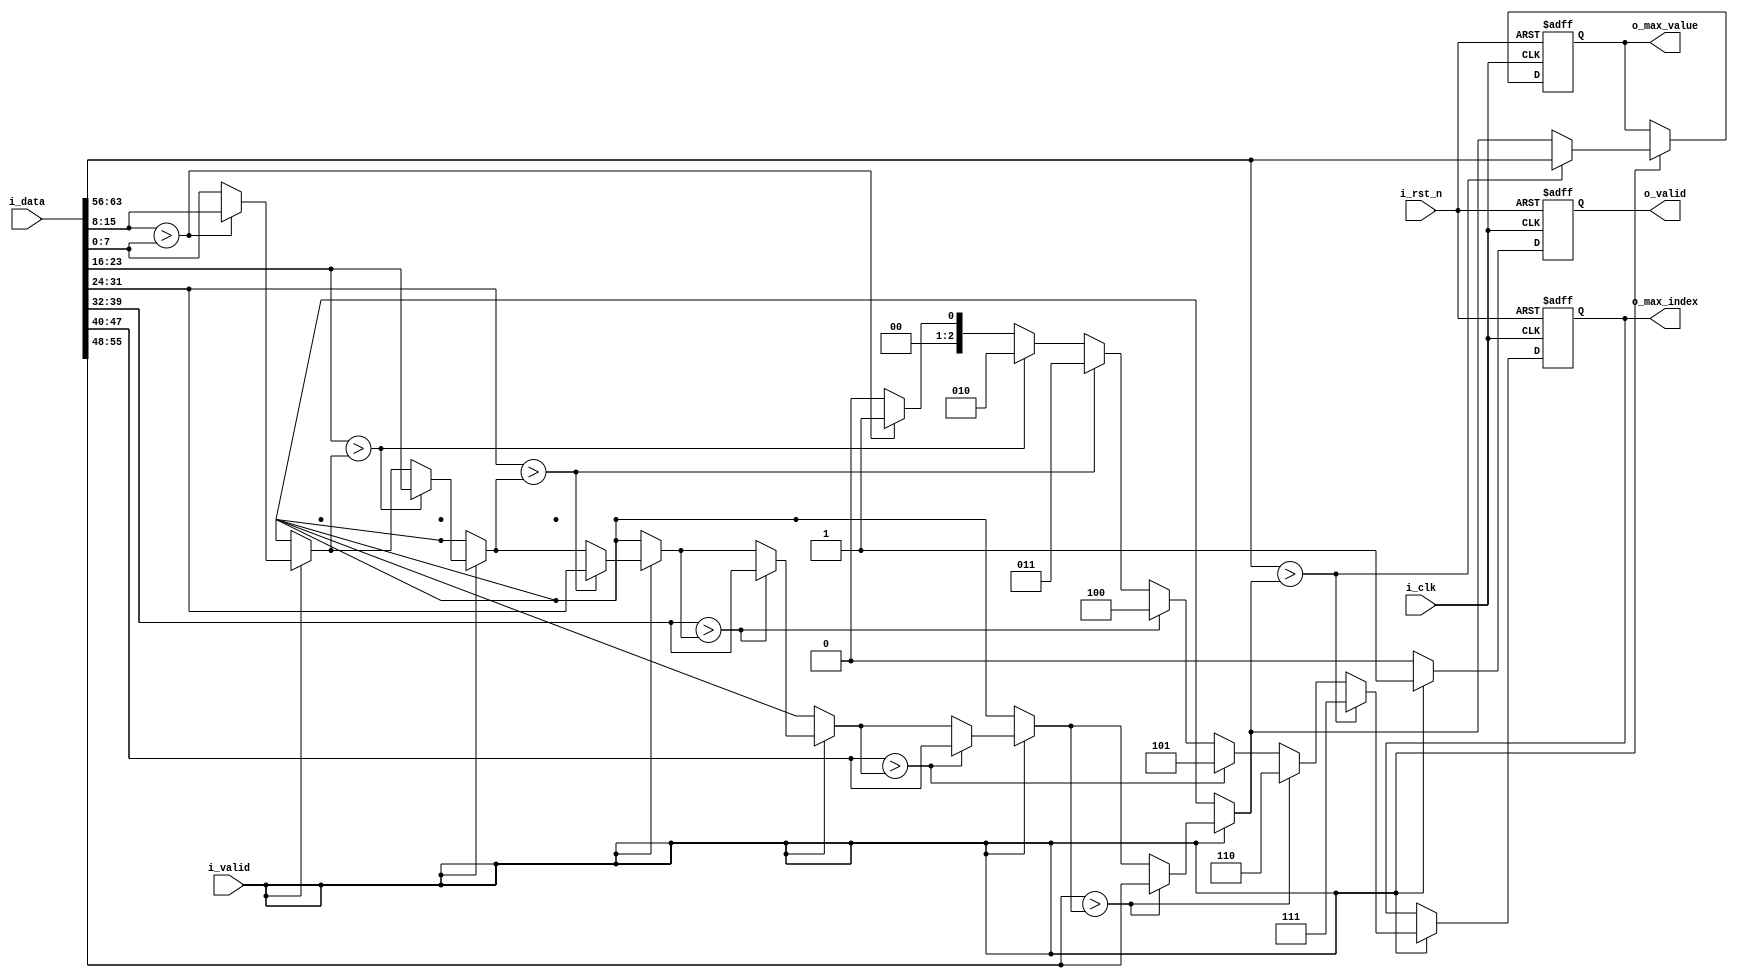
`timescale 1ns / 1ps
//////////////////////////////////////////////////////////////////////////////////
// Company: 
// 
// Design Name: 
// Module Name: find_max_value
// Project Name: 
// Target Devices: 
// Tool Versions: 
// Description: 
// 
// Dependencies: 
// 
// Revision:
// Revision 0.01 - File Created
// Additional Comments:
// 
//////////////////////////////////////////////////////////////////////////////////


module find_max_value #(
    parameter P_DATA_WIDTH = 8,
    parameter P_DATA_NUM   = 8
)
(
    input                                   i_clk       ,
    input                                   i_rst_n     ,
    input  [P_DATA_WIDTH*P_DATA_NUM-1:0]    i_data      ,
    input                                   i_valid     ,
    output reg                              o_valid     ,
    output reg [P_DATA_WIDTH-1:0]           o_max_value ,
    output reg [$clog2(P_DATA_NUM)-1:0]     o_max_index   // 
);

// Intermediate variables
integer i;
reg [P_DATA_WIDTH-1:0] current_value;
reg [P_DATA_WIDTH-1:0] max_value;
reg [$clog2(P_DATA_NUM)-1:0] max_index;  // 

always @(posedge i_clk or negedge i_rst_n) begin
    if (!i_rst_n) begin
        o_valid <= 1'b0;
        o_max_value <= 'd0;
        o_max_index <= 'd0;
    end else if (i_valid) begin
        // Initialize max_value to the first element and max_index to 0
        max_value = i_data[P_DATA_WIDTH-1:0];
        max_index = 0;
        // Iterate over the data and find the maximum value and its index
        for (i = 1; i < P_DATA_NUM; i = i + 1) begin
            current_value = i_data[i*P_DATA_WIDTH +: P_DATA_WIDTH];
            if (current_value > max_value) begin
                max_value = current_value;
                max_index = i[$clog2(P_DATA_NUM)-1:0];
            end
        end
        o_max_value <= max_value;
        o_max_index <= max_index;
        o_valid <= 1'b1;
    end else begin
        o_valid <= 1'b0;
    end
end

endmodule